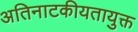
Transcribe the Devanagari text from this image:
अतिनाटकीयतायुक्त